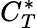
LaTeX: C_{T}^{*}